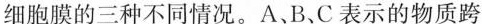
细胞膜的三种不同情况。A、B、C表示的物质跨